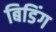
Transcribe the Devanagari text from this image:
बिडिंग